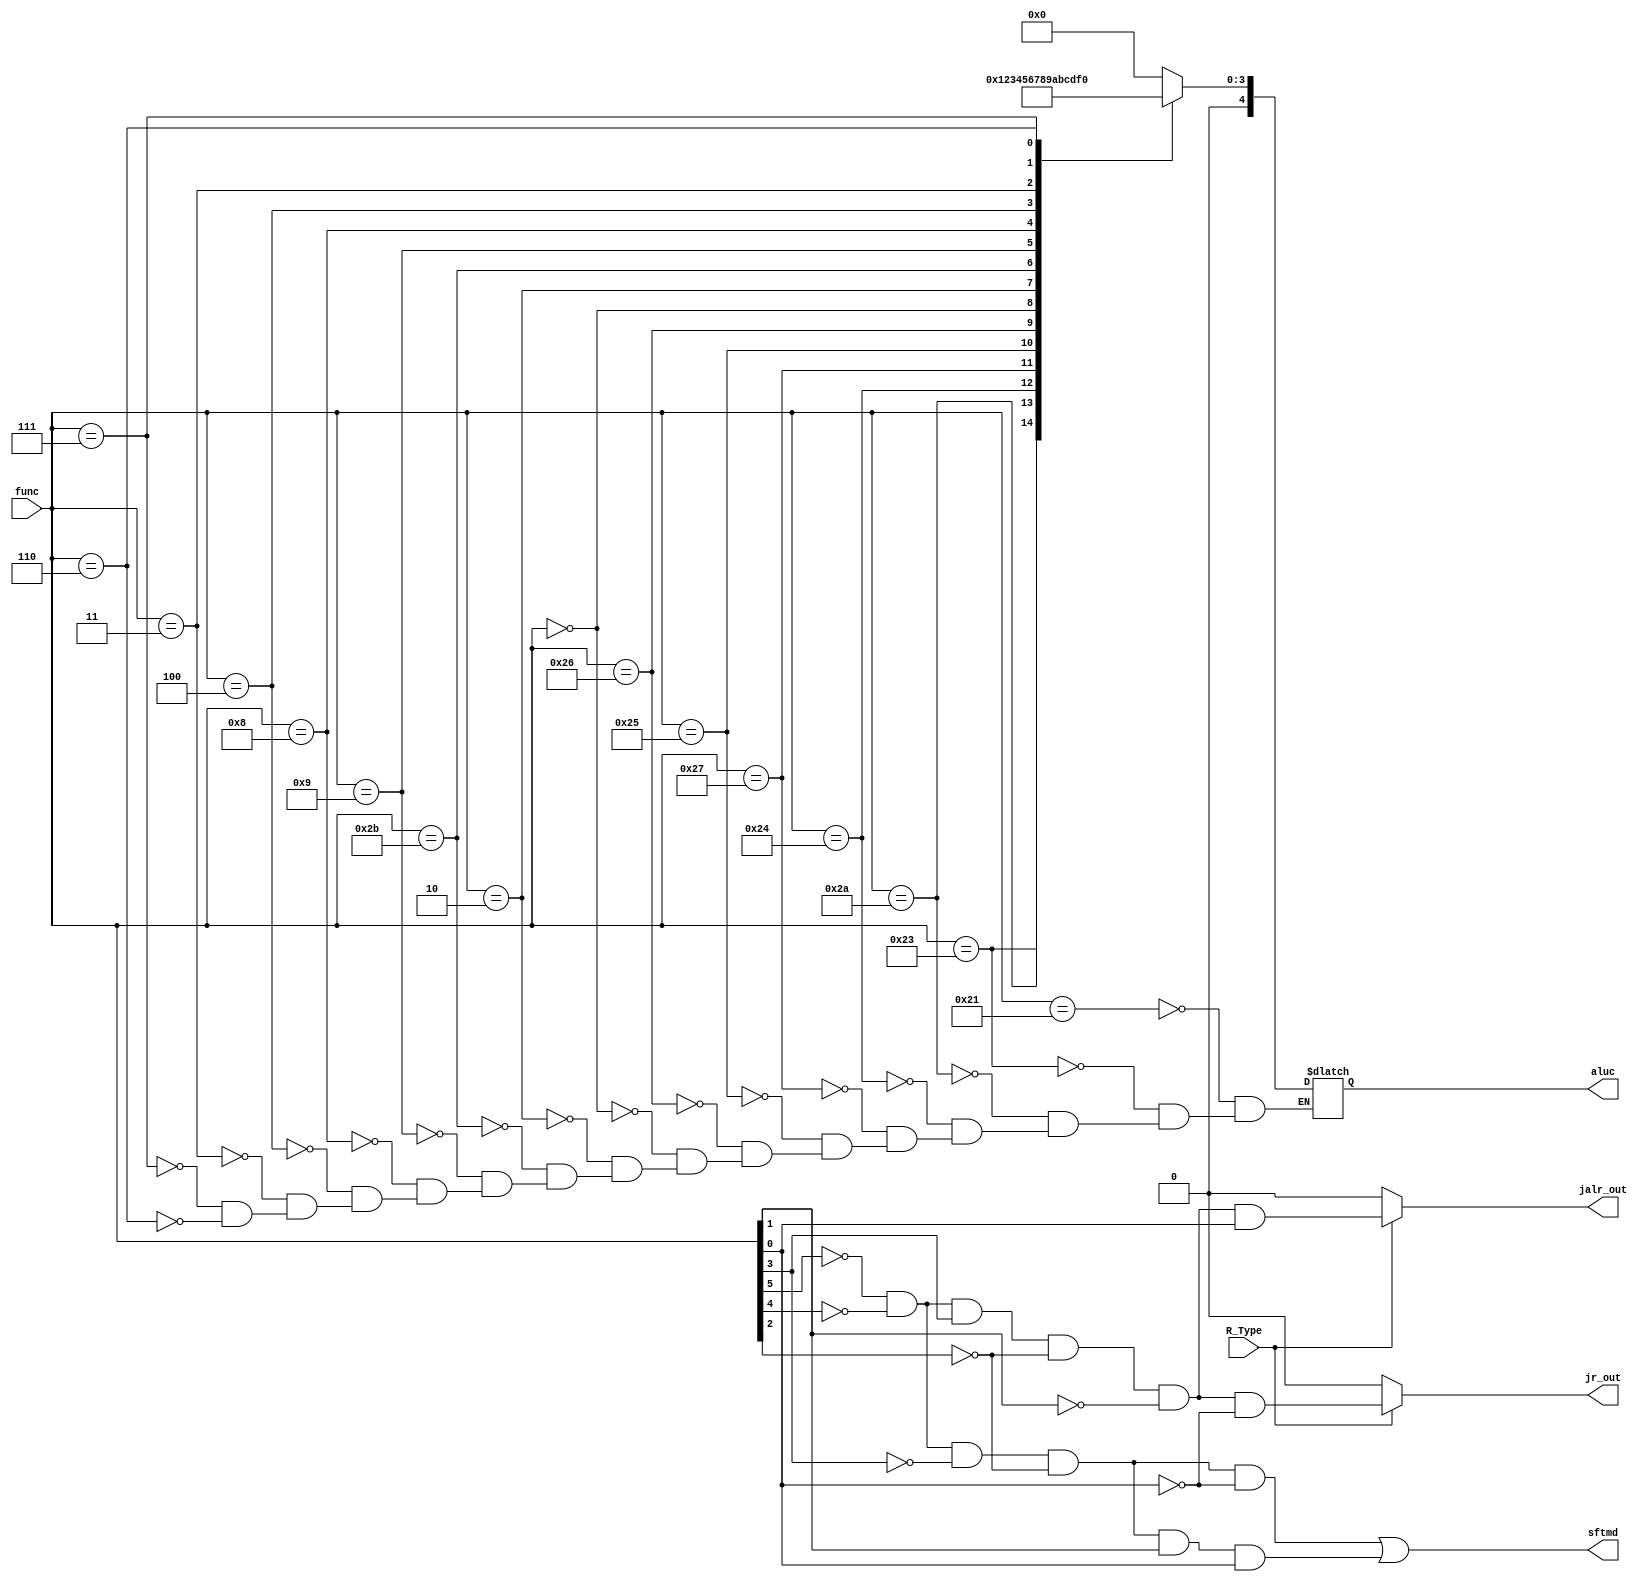
module ALUctl(
    input [5:0] func, //from instruction[5:0]
    input R_Type,
    output reg[4:0] aluc,    //ALUctl
    output sftmd,   //1:shift inst.
    output jr_out,
    output jalr_out
);
wire jr,jalr;

always@(*)begin
    case(func)   //R-Type
        6'b100001:aluc<=5'b00000;//addu
        6'b100011:aluc<=5'b00001;//subu
        6'b101010:aluc<=5'b00010;//slt
        6'b100100:aluc<=5'b00011;//and
        6'b100111:aluc<=5'b00100;//nor
        6'b100101:aluc<=5'b00101;//or
        6'b100110:aluc<=5'b00110;//xor
        6'b000000:aluc<=5'b00111;//sll
        6'b000010:aluc<=5'b01000;//srl
        6'b101011:aluc<=5'b01001;//sltu
        6'b001001:aluc<=5'b01010;//jalr
        6'b001000:aluc<=5'b01011;//jr
        6'b000100:aluc<=5'b01100;//sllv
        6'b000011:aluc<=5'b01101;//sra
        6'b000111:aluc<=5'b01110;//srav
        6'b000110:aluc<=5'b01111;//srlv
    endcase
end

assign sftmd=(!func[5]&&!func[4]&&!func[3]&&!func[2]&&!func[0])
||(!func[5]&&!func[4]&&!func[3]&&!func[2]&&func[1]&&func[0]);   //1:sll,srl,sra

assign jr=(!func[5]&&!func[4]&&func[3]&&!func[2]&&!func[1]&&!func[0]);
assign jr_out=(R_Type==1)?jr:1'b0;

assign jalr=(!func[5]&&!func[4]&&func[3]&&!func[2]&&!func[1]&&func[0]);
assign jalr_out=(R_Type==1)?jalr:1'b0;

endmodule